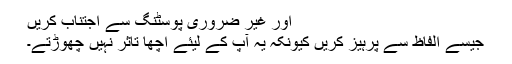
اور غیر ضروری پوسٹنگ سے اجتناب کریں
جیسے الفاظ سے پرہیز کریں کیونکہ یہ آپ کے لیئے اچھا تاثر نہیں چھوڑتے۔